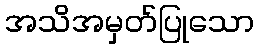
အသိအမှတ်ပြုသော